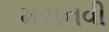
મસનવી